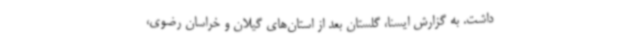
داشت. به گزارش ایسنا، گلستان بعد از استان‌های گیلان و خراسان رضوی،